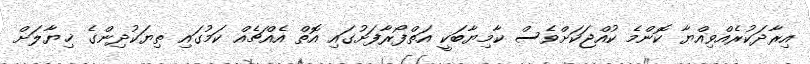
އިރާދަކުރެއްވިއްޔާ ކޮންމެ ކުއްޖަކަށްވެސް ކާމިޔާބަކީ އަތްފޯރާފަށުގައި އޮތް އެއްޗެއް ކަމުގައި ތިޔަކުދިންގެ ޚިޔާލަށް